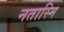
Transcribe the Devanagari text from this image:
नतास्मि